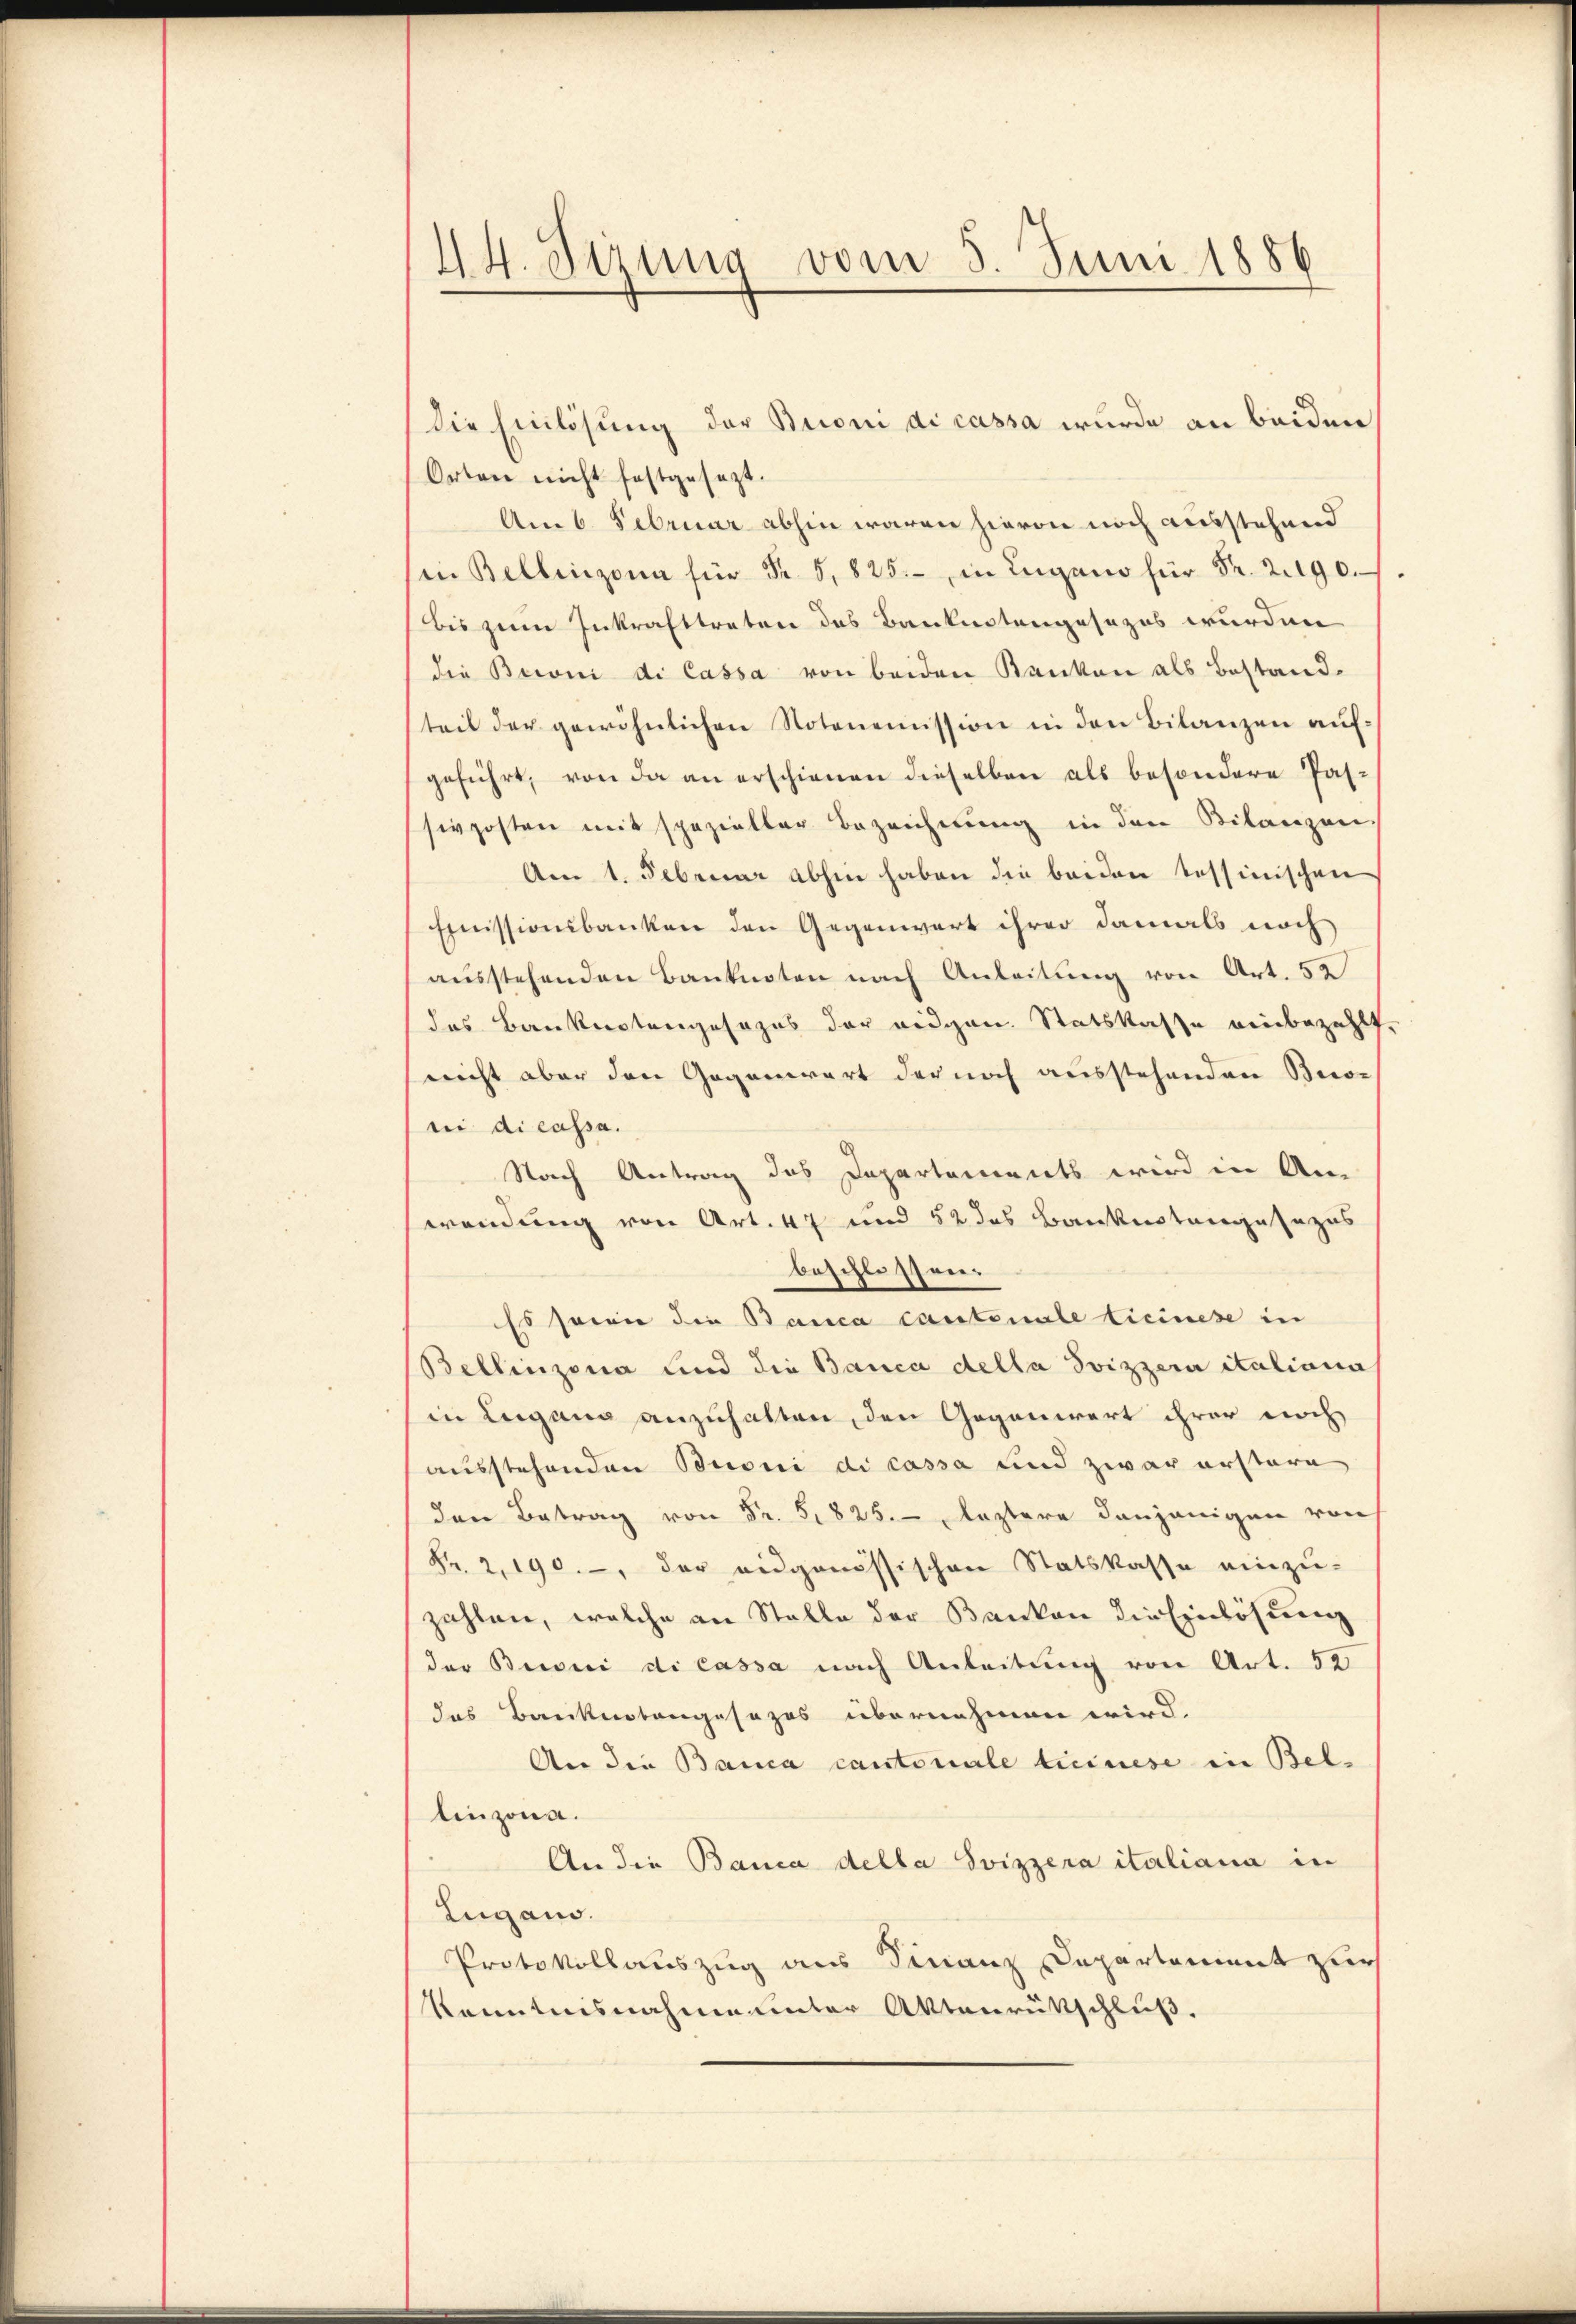
44. Sizung vom 5. Juni 1886
4

die Einlösung der Broni di cassa wurde an beiden
Orten nicht festgesezt.
Am 6. Februar abhin waren hievon noch ausstehend
(in Bellinzona für Fr. 5, 825. in Lugano für Fr. 2190.
bis zum Inkrafttreten des Banknotengesezes wurden
die Beroni di Cassa von beiden Banken als Bestandteil der gewöhnlichen Notenoṁission in den Bilanzen aŭf-
geführt, von da an erschienen dieselben als besondere Pas-
sivposten mit spezieller Bezeichnung in den Bilanzen
Am 1. Februar abhin haben die beiden tessinischen
Emissionsbanken den Gegenwart ihrer damals noch
ausstehenden Banknoten nach Anleitung von Art. 52
des Banknotengesezes der eidgen. Statskasse einbezahlt
nicht aber den Gegenwart der noch ausstehenden Beior
ni di cassa.
Nach Antrag das Departements wird in Am
wendung von Art. 47 und 52 das Bankestangesezes
beschlossen.
Es seien die Bauca cantenale Ticinese in
Bellinzona und die Banca della Svizzera italiana
in Lugang anzuhalten, den Gegenwart ihrer noch
ausstehenden Buoni di cassa und zwar erstere
den Betrag von Fr. 51825. — Leztere denjenigen von
Fr. 2, 190. -, der eidgenössischen Statskasse einzu-
zahlen, welche an Stelle der Banken die Einlösung
der Beroni di cassa nach Anleitung von Art. 52
das Banknotengesezes übernehmen wird.
An die Banca cantonale treinese in Bellinzona.
An die Banca della Svizzera italiana in
Zugano.
Protokollauszug aus Finanz Departement zur
Kenntnisnahme unter Aktenrüttschluß.